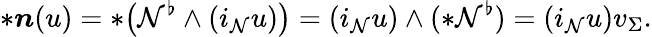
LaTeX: \ast\boldsymbol{n}(u)=\ast\big(\mathcal{N}^{\flat}\wedge(i_{\mathcal{N}}u)\big)=(i_{\mathcal{N}}u)\wedge(\ast\mathcal{N}^{\flat})=(i_{\mathcal{N}}u)v_{\Sigma}.